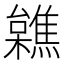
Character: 𣟼